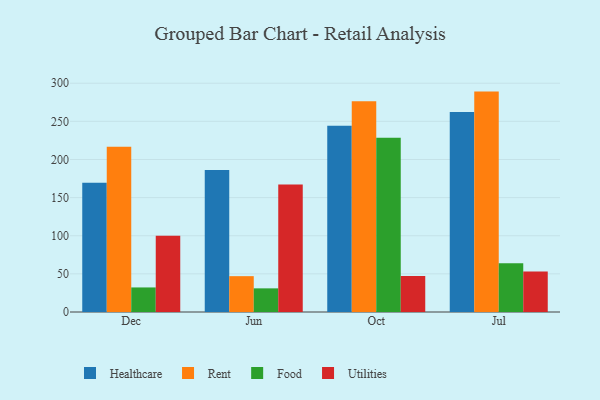
{"axis": {"x": "Month", "y": "Bounce Rate (%)"}, "legend": ["Food", "Healthcare", "Rent", "Utilities"], "data": [{"x": "Dec", "y": 169.5, "type": "Healthcare"}, {"x": "Dec", "y": 216.7, "type": "Rent"}, {"x": "Dec", "y": 32.2, "type": "Food"}, {"x": "Dec", "y": 100.0, "type": "Utilities"}, {"x": "Jun", "y": 186.3, "type": "Healthcare"}, {"x": "Jun", "y": 47.0, "type": "Rent"}, {"x": "Jun", "y": 31.0, "type": "Food"}, {"x": "Jun", "y": 167.2, "type": "Utilities"}, {"x": "Oct", "y": 244.3, "type": "Healthcare"}, {"x": "Oct", "y": 276.4, "type": "Rent"}, {"x": "Oct", "y": 228.4, "type": "Food"}, {"x": "Oct", "y": 47.2, "type": "Utilities"}, {"x": "Jul", "y": 262.2, "type": "Healthcare"}, {"x": "Jul", "y": 289.0, "type": "Rent"}, {"x": "Jul", "y": 63.8, "type": "Food"}, {"x": "Jul", "y": 53.2, "type": "Utilities"}]}